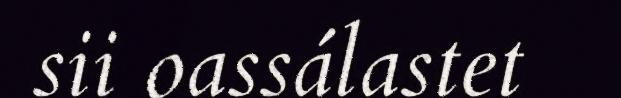
sii oassálastet